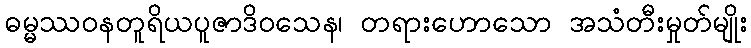
ဓမ္မဿဝနတူရိယပူဇာဒိဝသေန၊ တရားဟောသော အသံတီးမှုတ်မျိုး